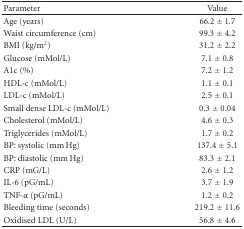
| Parameter | Value |
 | --- | --- |
 | Age (years) | 66.2 ± 1.7 |
 | Waist circumference (cm) | 99.3 ± 4.2 |
 | BMI (kg/m2) | 31.2 ± 2.2 |
 | Glucose (mMol/L) | 7.1 ± 0.8 |
 | A1c (%) | 7.2 ± 1.2 |
 | HDL-c (mMol/L) | 1.1 ± 0.1 |
 | LDL-c (mMol/L) | 2.5 ± 0.1 |
 | Small dense LDL-c (mMol/L) | 0.3 ± 0.04 |
 | Cholesterol (mMol/L) | 4.6 ± 0.3 |
 | Triglycerides (mMol/L) | 1.7 ± 0.2 |
 | BP: systolic (mm Hg) | 137.4 ± 5.1 |
 | BP: diastolic (mm Hg) | 83.3 ± 2.1 |
 | CRP (mG/L) | 2.6 ± 1.2 |
 | IL-6 (pG/mL) | 3.7 ± 1.9 |
 | TNF-α (pG/mL) | 1.2 ± 0.2 |
 | Bleeding time (seconds) | 219.2 ± 11.6 |
 | Oxidised LDL (U/L) | 56.8 ± 4.6 |